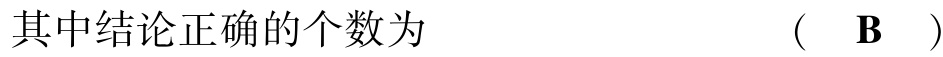
其中结论正确的个数为  （  $\mathbf{B}$  ）